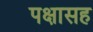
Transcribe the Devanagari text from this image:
पक्षासह